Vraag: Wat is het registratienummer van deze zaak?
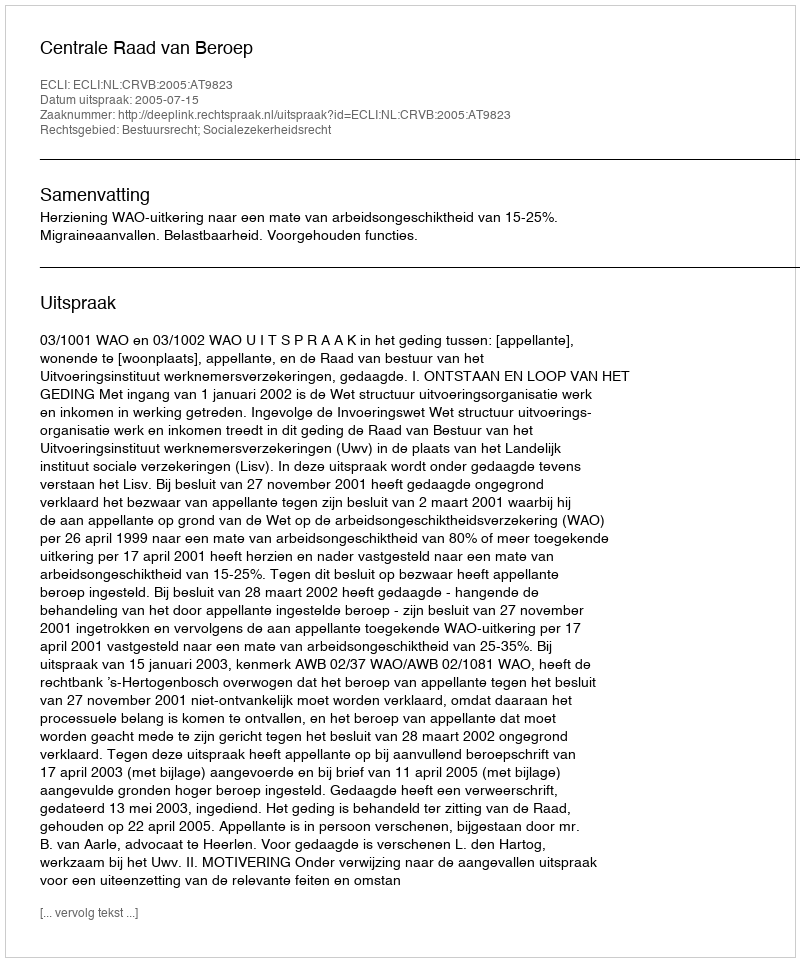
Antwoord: http://deeplink.rechtspraak.nl/uitspraak?id=ECLI:NL:CRVB:2005:AT9823